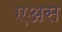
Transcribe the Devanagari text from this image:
एअस